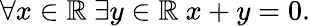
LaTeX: \forall x\in\mathbb{R}\ \exists y\in\mathbb{R}\ x+y=0.